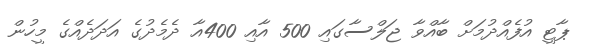
ޕާޓީ އުފެއްދުމަށް ބާއްވާ ޖަލްސާގައި 500 އާއި 400އާ ދެމެދުގެ އަދަދެއްގެ މީހުން